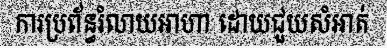
ការប្រព័ន្ធរំលាយអាហា ដោយជួយសំអាត់